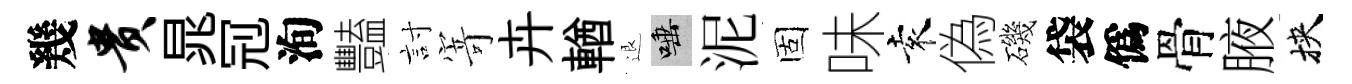
幾贵晁𠜍洵豔討𭔃卉輶退唾泥固味袁偽磯袋僞骨腋挾